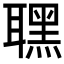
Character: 𦗣